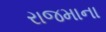
રાજમાના